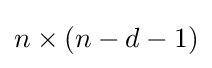
n\times (n-d-1)